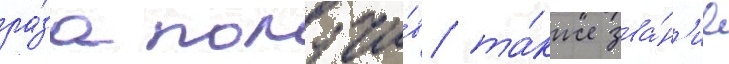
ра́за получи́в та́кже зва́н'ие